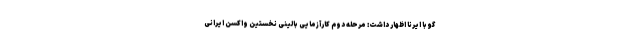
گو با ایرنا اظهار داشت: مرحله دوم کارآزمایی بالینی نخستین واکسن ایرانی